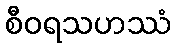
စီဝရသဟဿံ